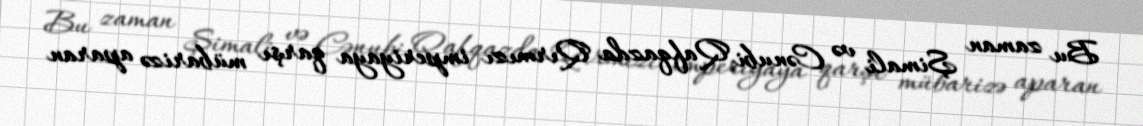
Bu zaman Şimali və Cənubi Qafqazda Qırmızı imperiyaya qarşı mübarizə aparan